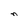
Character: n